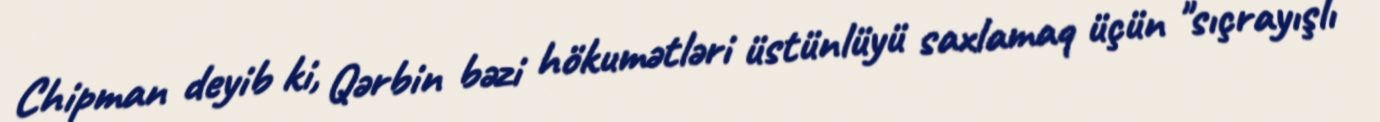
Chipman deyib ki, Qərbin bəzi hökumətləri üstünlüyü saxlamaq üçün "sıçrayışlı